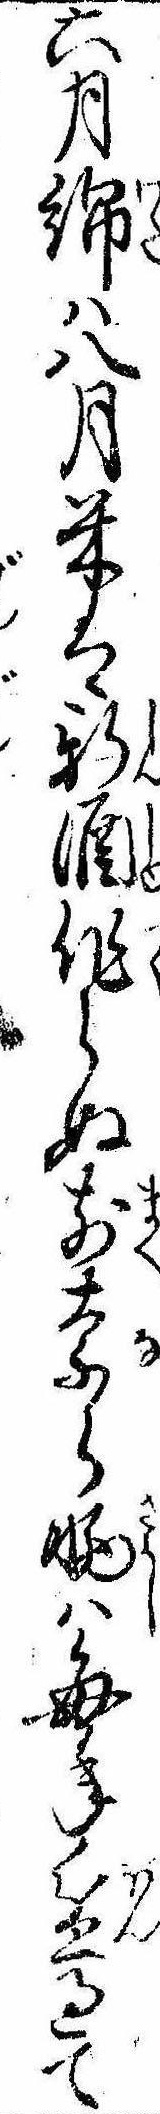
六月綿は八月米は新酒作らぬ前奈ら晒は毎年盆過て